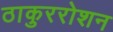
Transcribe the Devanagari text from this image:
ठाकुररोशन